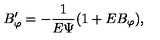
B _ { \varphi } ^ { \prime } = - \frac { 1 } { E \Psi } ( 1 + E B _ { \varphi } ) ,